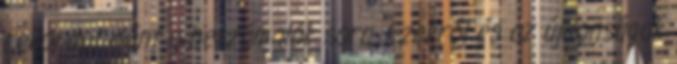
rekordot dönt a beszámolók sora. Ezekről és az újdonságok